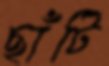
ছাঁটি